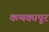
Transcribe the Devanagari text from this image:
कणकापूर